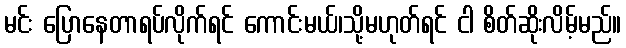
မင်း ပြောနေတာရပ်လိုက်ရင် ကောင်းမယ်၊သို့မဟုတ်ရင် ငါ စိတ်ဆိုးလိမ့်မည်။